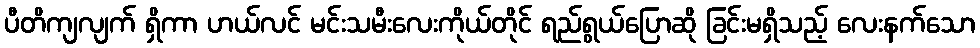
ပီတိကျလျက် ရှိကာ ဟယ်လင် မင်းသမီးလေးကိုယ်တိုင် ရည်ရွယ်ပြောဆို ခြင်းမရှိသည့် လေးနက်သော